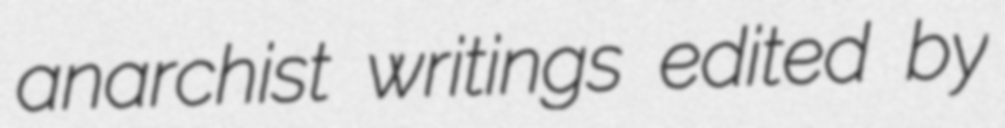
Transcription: anarchist writings edited by